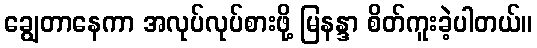
ချွေတာနေကာ အလုပ်လုပ်စားဖို့ မြနန္ဒာ စိတ်ကူးခဲ့ပါတယ်။